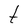
Character: t